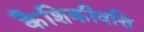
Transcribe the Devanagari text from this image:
कैशिकीवत्ति